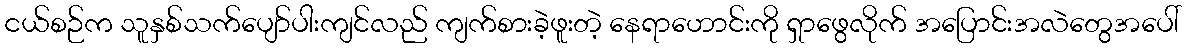
ငယ်စဉ်က သူနှစ်သက်ပျော်ပါးကျင်လည် ကျက်စားခဲ့ဖူးတဲ့ နေရာဟောင်းကို ရှာဖွေလိုက် အပြောင်းအလဲတွေအပေါ်